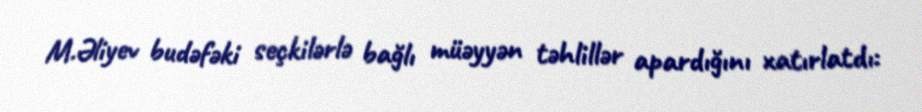
M.Əliyev budəfəki seçkilərlə bağlı müəyyən təhlillər apardığını xatırlatdı: